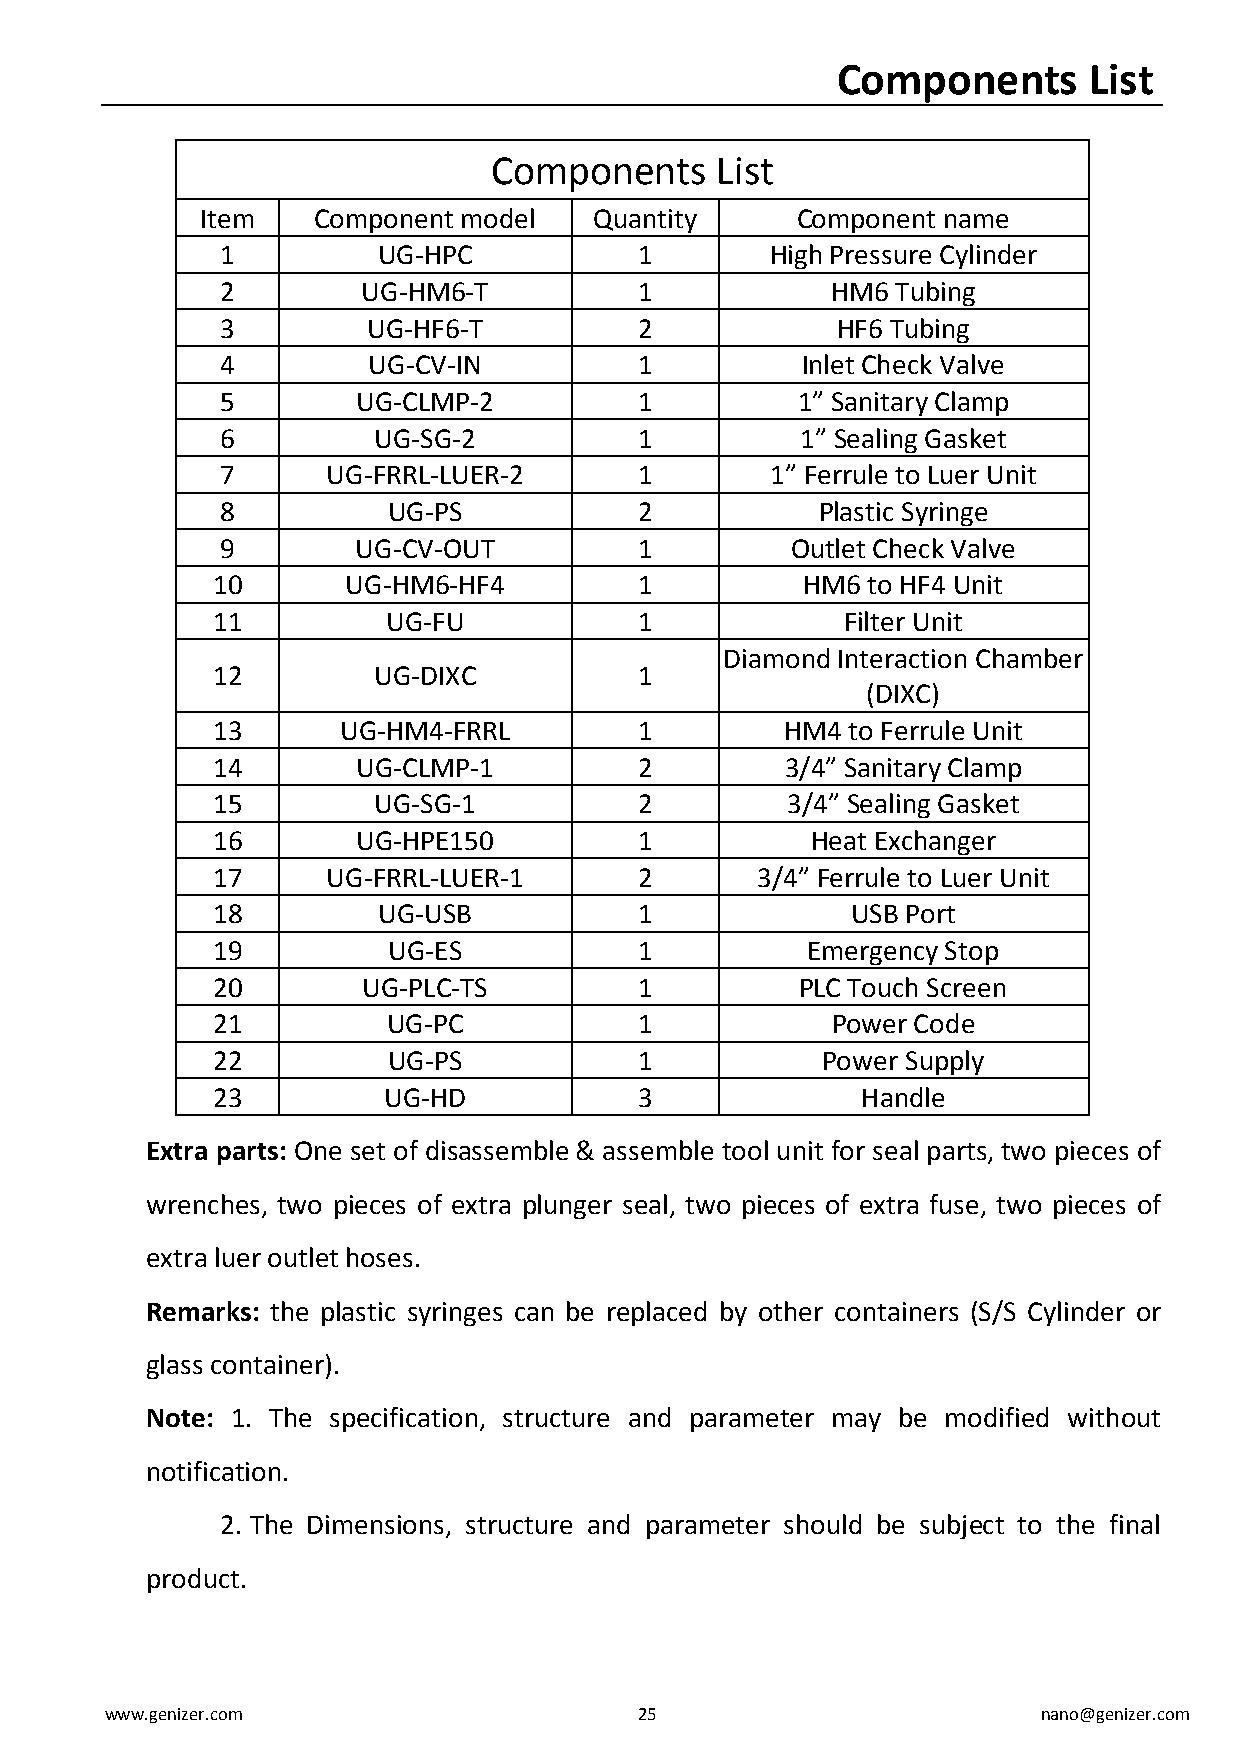
Components       List
 Components     List
 Item    Component model   Quantity      Component name
 1         UG-HPC           1        High Pressure Cylinder
 2        UG-HM6-T          1            HM6 Tubing
 3        UG-HF6-T          2            HF6 Tubing
 4        UG-CV-IN          1          Inlet Check Valve
 5        UG-CLMP-2         1          1” Sanitary Clamp
 6         UG-SG-2          1          1” Sealing Gasket
 7      UG-FRRL-LUER-2      1        1” Ferrule to Luer Unit
 8          UG-PS           2           Plastic Syringe
 9        UG-CV-OUT         1         Outlet Check Valve
 10       UG-HM6-HF4         1          HM6 to HF4 Unit
 11          UG-FU           1             Filter Unit
 Diamond Interaction Chamber
 12         UG-DIXC          1
 (DIXC)
 13      UG-HM4-FRRL         1         HM4 to Ferrule Unit
 14        UG-CLMP-1         2         3/4” Sanitary Clamp
 15         UG-SG-1          2         3/4” Sealing Gasket
 16        UG-HPE150         1           Heat Exchanger
 17      UG-FRRL-LUER-1      2       3/4” Ferrule to Luer Unit
 18         UG-USB           1             USB Port
 19          UG-ES           1          Emergency Stop
 20        UG-PLC-TS         1          PLC Touch Screen
 21          UG-PC           1            Power Code
 22          UG-PS           1           Power Supply
 23         UG-HD            3              Handle
 Extra parts: One set of disassemble & assemble tool unit for seal parts, two pieces of
 wrenches, two pieces of extra plunger seal, two pieces of extra fuse, two pieces of
 extra luer outlet hoses.
 Remarks: the plastic syringes can be replaced by other containers (S/S Cylinder or
 glass container).
 Note: 1. The specification, structure and parameter may be modified without
 notification.
 2. The Dimensions, structure and parameter should be subject to the final
 product.
 www.genizer.com                    25                         nano@genizer.com